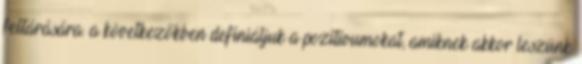
feltárására. a következőkben definiáljuk a pozitívumokat, amiknek akkor leszünk